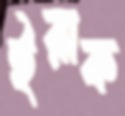
ইরাক